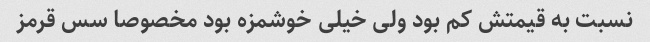
نسبت به قیمتش کم بود ولی خیلی خوشمزه بود مخصوصا سس قرمز